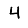
Digit: 4